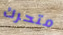
متحرك